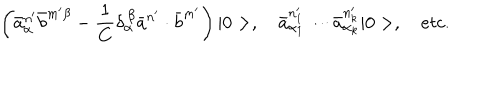
\left( \bar { a } _ { \alpha } ^ { n ^ { \prime } } \bar { b } ^ { m ^ { \prime } \beta } - \frac { 1 } { C } \delta _ { \alpha } ^ { \, \beta } \bar { a } ^ { n ^ { \prime } } \cdot \bar { b } ^ { m ^ { \prime } } \right) | 0 > , \quad \bar { a } _ { \alpha _ { 1 } } ^ { n _ { 1 } ^ { \prime } } \cdots \bar { a } _ { \alpha _ { k } } ^ { n _ { k } ^ { \prime } } | 0 > , \quad e t c .